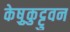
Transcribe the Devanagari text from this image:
केष़ुकुट्टुवन